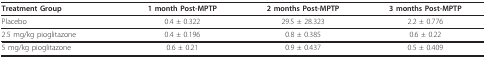
<table><thead><tr><td><b>Treatment Group</b></td><td><b>1 month Post-MPTP</b></td><td><b>2 months Post-MPTP</b></td><td><b>3 months Post-MPTP</b></td></tr></thead><tbody><tr><td>Placebo</td><td>0.4 ± 0.322</td><td>29.5 ± 28.323</td><td>2.2 ± 0.776</td></tr><tr><td>2.5 mg/kg pioglitazone</td><td>0.4 ± 0.196</td><td>0.8 ± 0.385</td><td>0.6 ± 0.22</td></tr><tr><td>5 mg/kg pioglitazone</td><td>0.6 ± 0.21</td><td>0.9 ± 0.437</td><td>0.5 ± 0.409</td></tr></tbody></table>